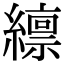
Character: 𫄊